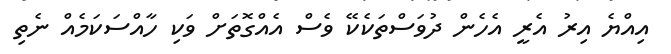
އިއްޔެ އިރު އެރީ އެހެން ދުވަސްތަކެކޭ ވެސް އެއްގޮތަށް ވަކި ހާއްސަކަމެއް ނެތި